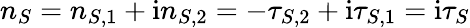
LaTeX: n_{S}=n_{S,1}+\mathrm{i}n_{S,2}=-\tau_{S,2}+\mathrm{i}\tau_{S,1}=\mathrm{i}\tau_{S}